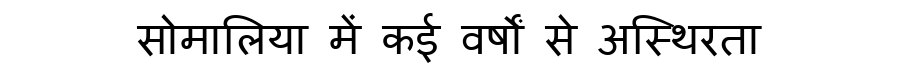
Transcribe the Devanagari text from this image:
सोमालिया में कई वर्षों से अस्थिरता